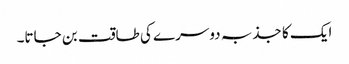
ایک کا جذبہ دوسرے کی طاقت بن جاتا۔